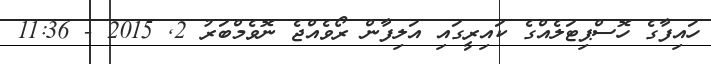
ހައިފާގެ ހޮސްޕިޓަލެއްގެ ކައިރީގައި އަލިފާން ރޯވެއްޖެ ނޮވެމްބަރު 2